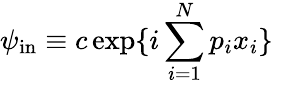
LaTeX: \psi_{\mathrm{in}}\equiv c\exp\{ i\sum_{i=1}^{N}p_{i}x_{i}\} \, \,